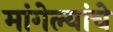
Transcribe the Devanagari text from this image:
मांगेल्यांचे